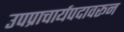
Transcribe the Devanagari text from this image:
उपप्राचार्यपदावरून